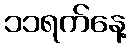
၁၁ရက်နေ့